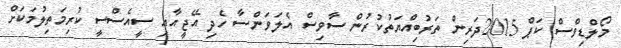
މޯލްޑިވްސް ކަޕް 2015ދަރިން ތަރުބިއްޔަތުކުރުން ސާވިސް އެލަވަންސާ ހެދި އޭޖީއާއި ސީއެސްސީ ކުރިމަތިލުމަކަށް